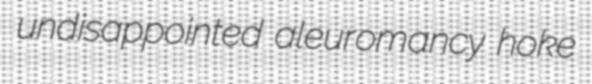
undisappointed aleuromancy hoke